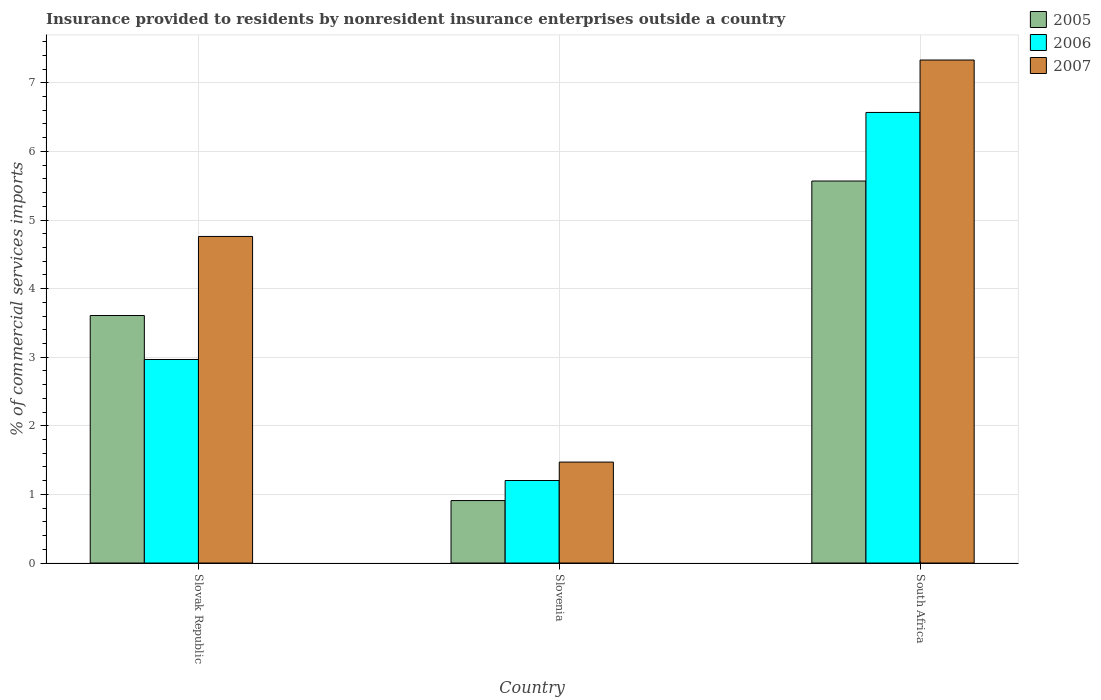
| Country | 2005 | 2006 | 2007 |
 | --- | --- | --- | --- |
 | Slovak Republic | 3.61 | 2.97 | 4.76 |
 | Slovenia | 0.91 | 1.2 | 1.47 |
 | South Africa | 5.57 | 6.57 | 7.33 |